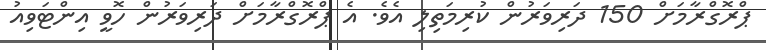
ޕްރޮގްރާމަށް 150 ދަރިވަރުން ކުރިމަތިލި އެވެ. އެ ޕްރޮގްރާމަށް ދަރިވަރުން ހޮވީ އިންޓަވިއު